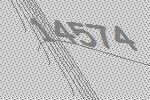
14574